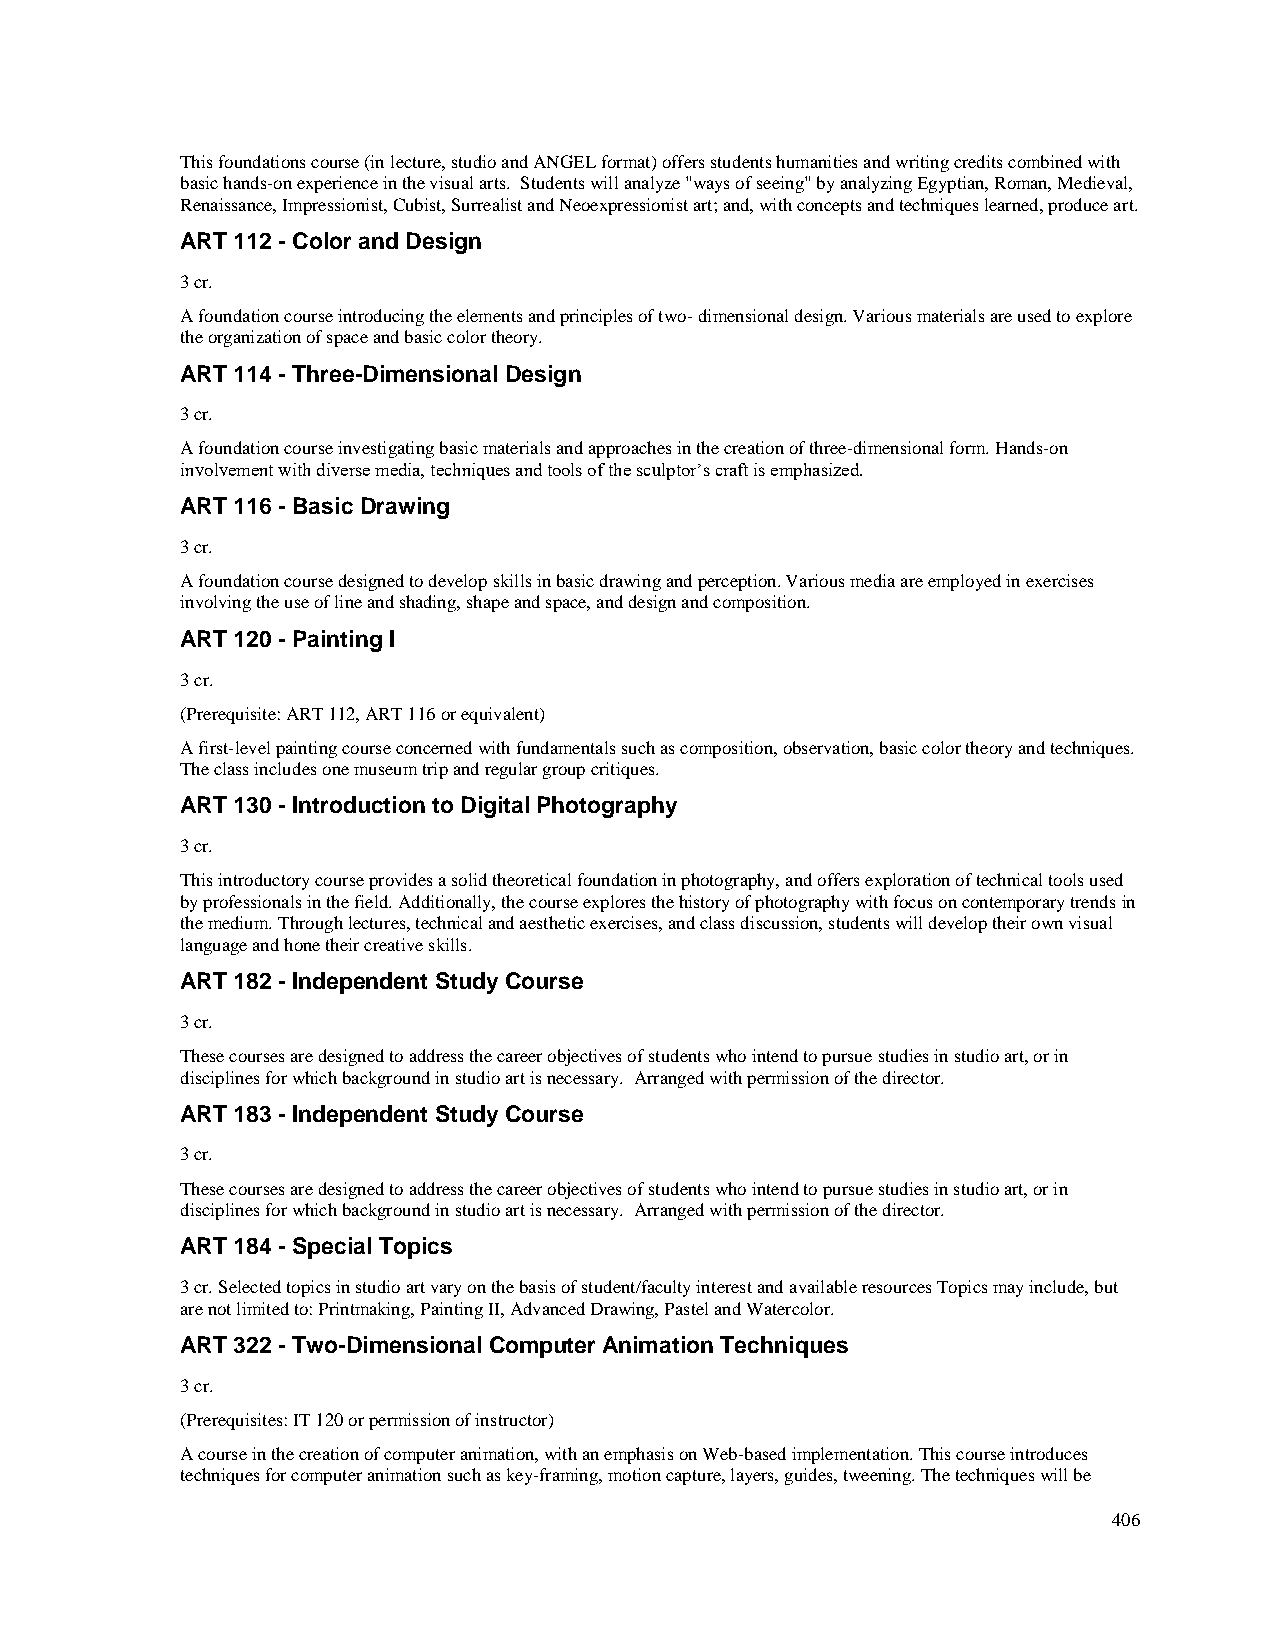
This foundations course (in lecture, studio and ANGEL format) offers students humanities and writing credits combined with
 basic hands-on experience in the visual arts. Students will analyze "ways of seeing" by analyzing Egyptian, Roman, Medieval,
 Renaissance, Impressionist, Cubist, Surrealist and Neoexpressionist art; and, with concepts and techniques learned, produce art.
 ART 112 - Color and Design
 3 cr.
 A foundation course introducing the elements and principles of two- dimensional design. Various materials are used to explore
 the organization of space and basic color theory.
 ART 114 - Three-Dimensional Design
 3 cr.
 A foundation course investigating basic materials and approaches in the creation of three-dimensional form. Hands-on
 involvement with diverse media, techniques and tools of the sculptor’s craft is emphasized.
 ART 116 - Basic Drawing
 3 cr.
 A foundation course designed to develop skills in basic drawing and perception. Various media are employed in exercises
 involving the use of line and shading, shape and space, and design and composition.
 ART 120 - Painting I
 3 cr.
 (Prerequisite: ART 112, ART 116 or equivalent)
 A first-level painting course concerned with fundamentals such as composition, observation, basic color theory and techniques.
 The class includes one museum trip and regular group critiques.
 ART 130 - Introduction to Digital Photography
 3 cr.
 This introductory course provides a solid theoretical foundation in photography, and offers exploration of technical tools used
 by professionals in the field. Additionally, the course explores the history of photography with focus on contemporary trends in
 the medium. Through lectures, technical and aesthetic exercises, and class discussion, students will develop their own visual
 language and hone their creative skills.
 ART 182 - Independent Study Course
 3 cr.
 These courses are designed to address the career objectives of students who intend to pursue studies in studio art, or in
 disciplines for which background in studio art is necessary. Arranged with permission of the director.
 ART 183 - Independent Study Course
 3 cr.
 These courses are designed to address the career objectives of students who intend to pursue studies in studio art, or in
 disciplines for which background in studio art is necessary. Arranged with permission of the director.
 ART 184 - Special Topics
 3 cr. Selected topics in studio art vary on the basis of student/faculty interest and available resources Topics may include, but
 are not limited to: Printmaking, Painting II, Advanced Drawing, Pastel and Watercolor.
 ART 322 - Two-Dimensional Computer Animation Techniques
 3 cr.
 (Prerequisites: IT 120 or permission of instructor)
 A course in the creation of computer animation, with an emphasis on Web-based implementation. This course introduces
 techniques for computer animation such as key-framing, motion capture, layers, guides, tweening. The techniques will be
 406